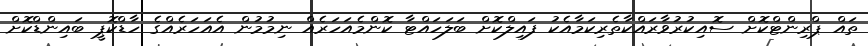
ތައް ޕްރިންޓްކޮށް ސޮއިކުރުވާރައްކާތެރިކަމާއެކު ފައިލްކޮށް ބަލަހައްޓާ ކޮންމެއަހަރެއް ނިމުމުން އެއަހަރެއްގެ ހާޑްކޮޕީ ބައިންޑްކޮށް